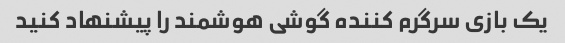
یک بازی سرگرم کننده گوشی هوشمند را پیشنهاد کنید